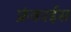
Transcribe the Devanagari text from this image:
फ्रंकाईस